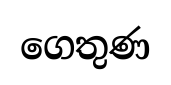
ගෙතුණ